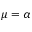
\mu = \alpha